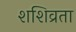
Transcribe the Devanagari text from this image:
शशिव्रता